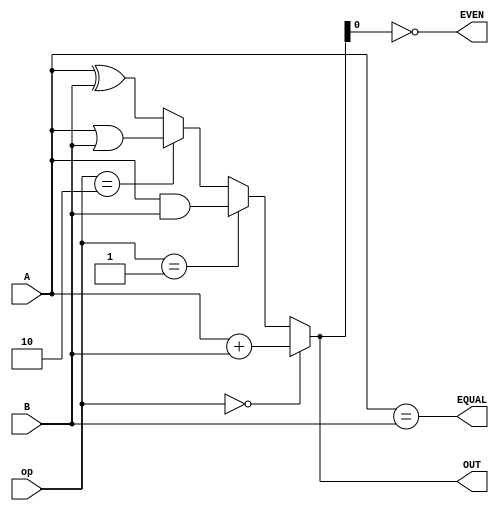
`timescale 1ns/ 1ps


//Arithmetic Logic Unit
/*
* INPUT: A, B
* op: 00, A PLUS B
* op: 01, A AND B
* op: 10, A OR B
* op: 11, A XOR B
* OUTPUT A op B
* equal: is A == B?
* even: is the output even?
*/



	 
module ALU(A,B,op,OUT,EQUAL, EVEN);

	input [ 3:0] A;
	input [ 3:0] B;
	input [ 1:0] op;
	output reg [3:0] OUT; // logic in SystemVerilog
	output reg EQUAL;
	output reg EVEN;

	always@* // always_comb in systemverilog
	begin 
		if(op == 0)
		begin
			OUT = A + B; // In class we had A+A BUG here
		end
		else if(op == 2'b01)
		begin
			OUT = A & B;
		end
		else if(op == 2'd2)
			OUT = A | B;
		else
			OUT = A ^ B;
			
			
		EQUAL = (A==B);
		EVEN = !OUT[0];  // 2:10 (even), 3:11(not even)
	end 



endmodule